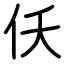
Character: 仸